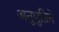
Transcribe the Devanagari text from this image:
अनुभुतिने